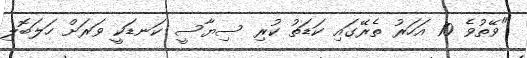
"ވޭތުވެ 10 އަހަރު ތެރޭގައި ކަޑަތު ކުރި ސިޔާސީ ކަނޑަކީ ވަރަށް ހަލަބޮލި